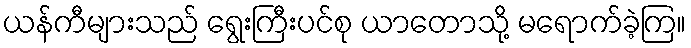
ယန်ကီများသည် ရွေးကြီးပင်စု ယာတောသို့ မရောက်ခဲ့ကြ။